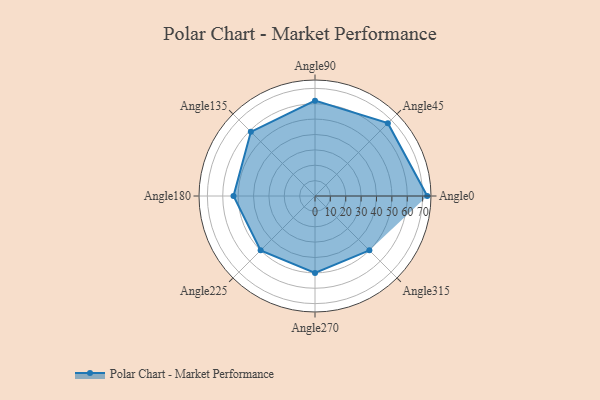
{"axis": {"x": "Angle", "y": "Radius"}, "legend": [""], "data": [{"x": "Angle0", "y": 73.0, "type": ""}, {"x": "Angle45", "y": 67.0, "type": ""}, {"x": "Angle90", "y": 62.0, "type": ""}, {"x": "Angle135", "y": 59.0, "type": ""}, {"x": "Angle180", "y": 53.0, "type": ""}, {"x": "Angle225", "y": 50, "type": ""}, {"x": "Angle270", "y": 50, "type": ""}, {"x": "Angle315", "y": 50, "type": ""}]}